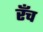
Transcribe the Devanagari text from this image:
रँच